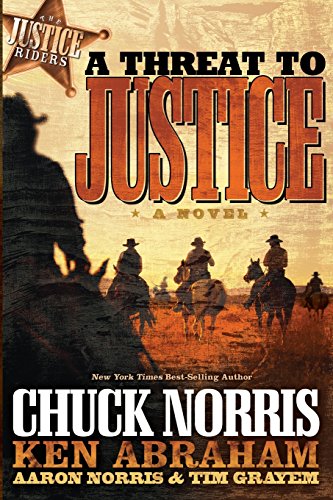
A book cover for A Threat to Justice: A Novel (Justice Riders); Chuck Norris; Religion & Spirituality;